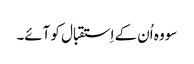
سو وہ اُن کے اِستقبال کو آئے۔